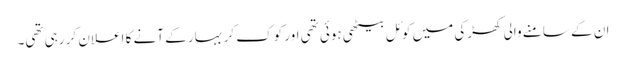
ان کے سامنے والی کھڑکی میں کوئل بیٹھی ہوئی تھی اور کوک کر بہار کے آنے کا اعلان کر رہی تھی۔